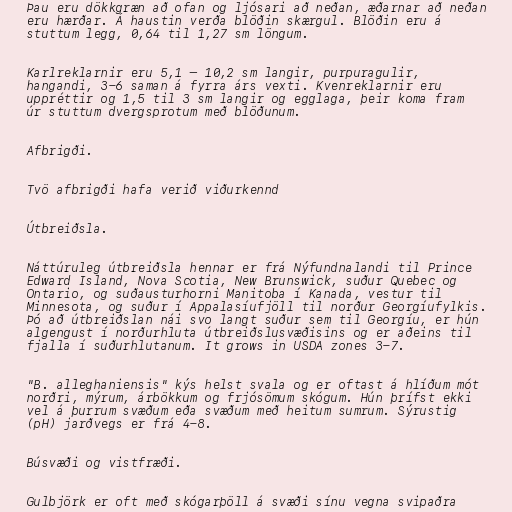
Þau eru dökkgræn að ofan og ljósari að neðan, æðarnar að neðan
eru hærðar. Á haustin verða blöðin skærgul. Blöðin eru á
stuttum legg, 0,64 til 1,27 sm löngum.

Karlreklarnir eru 5,1 – 10,2 sm langir, purpuragulir,
hangandi, 3-6 saman á fyrra árs vexti. Kvenreklarnir eru
uppréttir og 1,5 til 3 sm langir og egglaga, þeir koma fram
úr stuttum dvergsprotum með blöðunum.

Afbrigði.

Tvö afbrigði hafa verið viðurkennd

Útbreiðsla.

Náttúruleg útbreiðsla hennar er frá Nýfundnalandi til Prince
Edward Island, Nova Scotia, New Brunswick, suður Quebec og
Ontario, og suðausturhorni Manitoba í Kanada, vestur til
Minnesota, og suður í Appalasíufjöll til norður Georgíufylkis.
Þó að útbreiðslan nái svo langt suður sem til Georgíu, er hún
algengust í norðurhluta útbreiðslusvæðisins og er aðeins til
fjalla í suðurhlutanum. It grows in USDA zones 3-7.

"B. alleghaniensis" kýs helst svala og er oftast á hlíðum mót
norðri, mýrum, árbökkum og frjósömum skógum. Hún þrífst ekki
vel á þurrum svæðum eða svæðum með heitum sumrum. Sýrustig
(pH) jarðvegs er frá 4-8.

Búsvæði og vistfræði.

Gulbjörk er oft með skógarþöll á svæði sínu vegna svipaðra